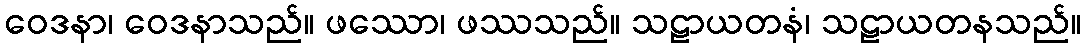
ဝေဒနာ၊ ဝေဒနာသည်။ ဖဿော၊ ဖဿသည်။ သဠာယတနံ၊ သဠာယတနသည်။